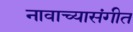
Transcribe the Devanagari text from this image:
नावाच्यासंगीत